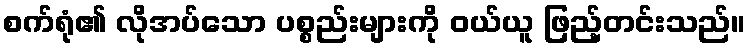
စက်ရုံ၏ လိုအပ်သော ပစ္စည်းများကို ဝယ်ယူ ဖြည့်တင်းသည်။